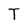
Character: T